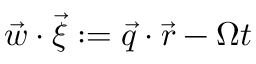
\vec { w } \cdot \vec { \xi } : = \vec { q } \cdot \vec { r } - \Omega t